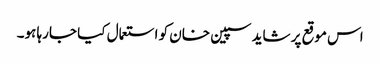
اس موقع پر شاید سپین خان کو استعمال کیا جارہا ہو۔